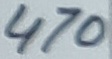
Text: 470